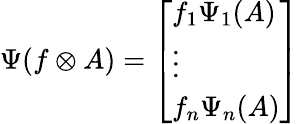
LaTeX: \Psi(f\otimes A)={\left[\begin{array}{l}{f_{1}\Psi_{1}(A)}\\ {\vdots}\\ {f_{n}\Psi_{n}(A)}\end{array}\right]}